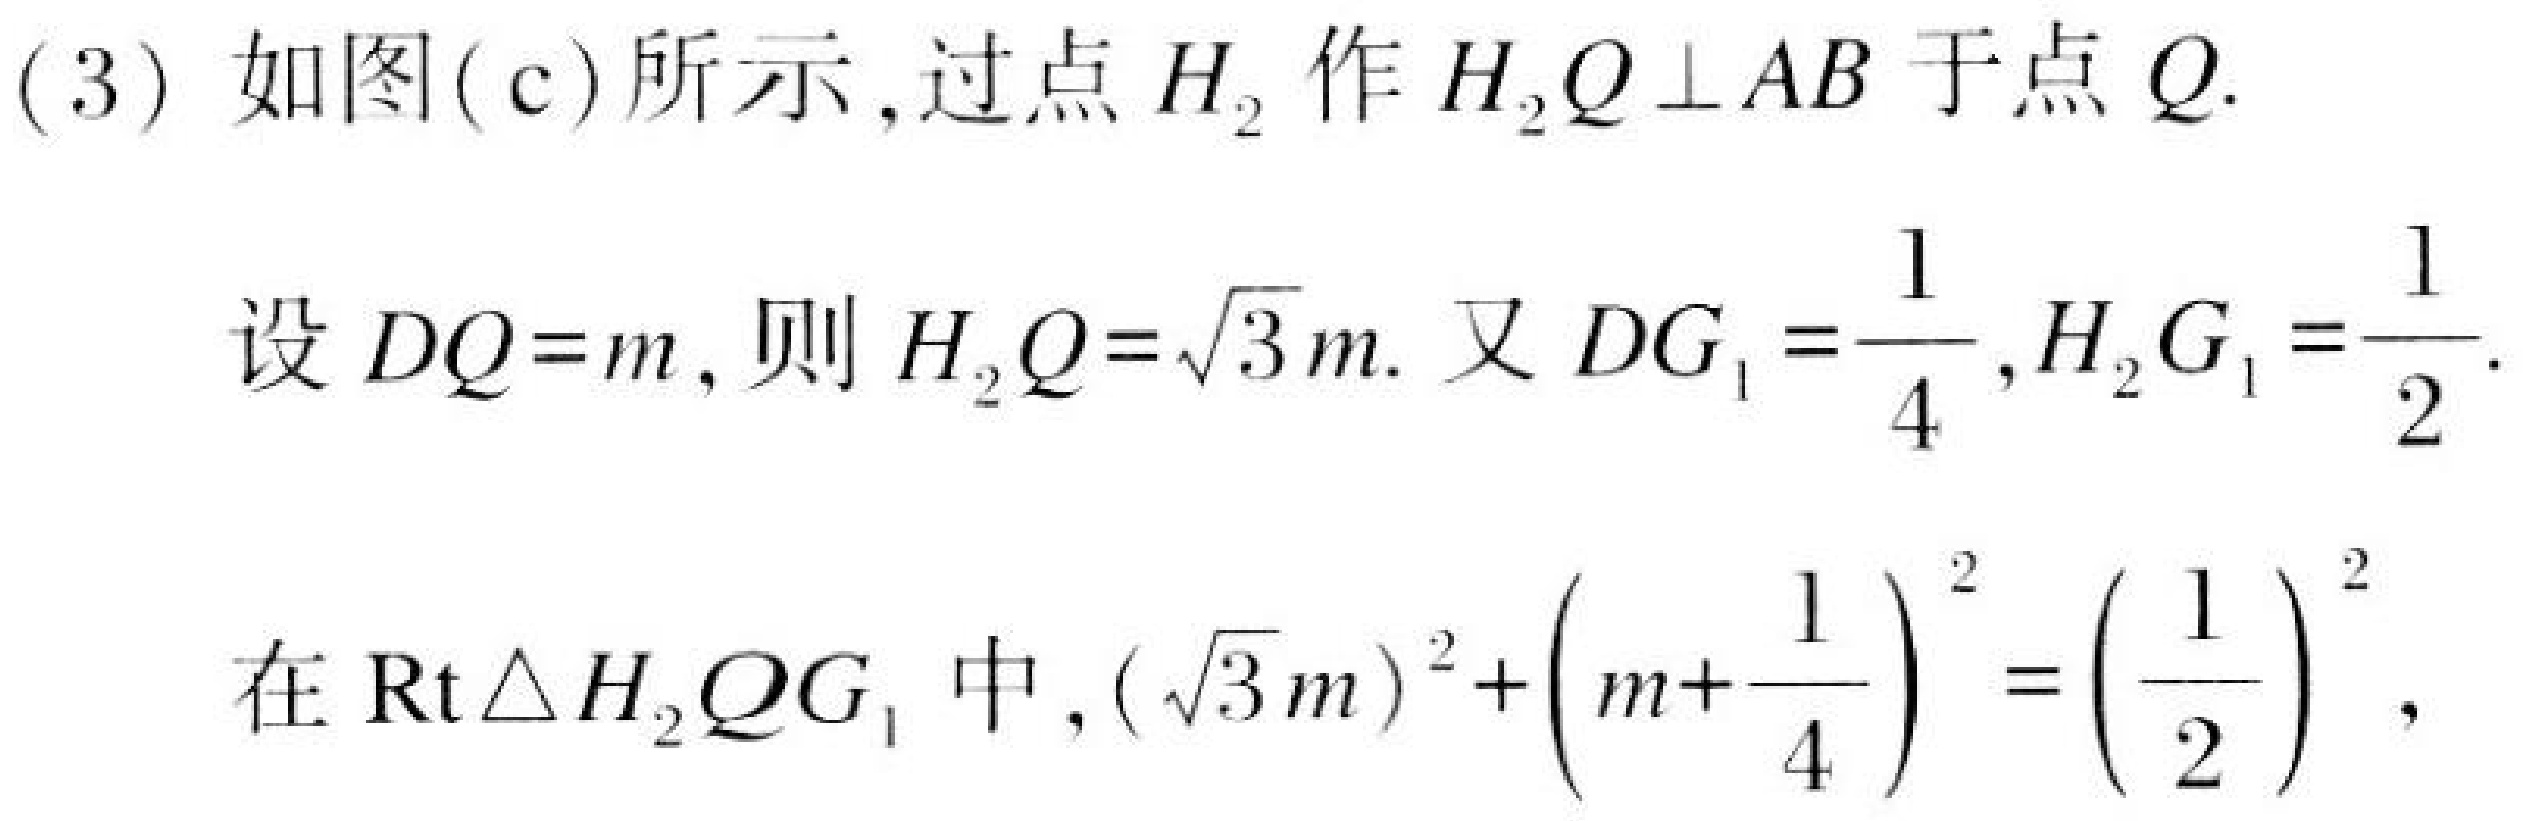
(3) 如图(c)所示，过点$H_{2}$作$H_{2}Q\perp AB$于点$Q.$
设$DQ = m$，则$H_{2}Q=\sqrt{3}m$. 又$DG_{1}=\dfrac{1}{4},H_{2}G_{1}=\dfrac{1}{2}$.
在$\text{Rt}\triangle H_{2}QG_{1}$中，$(\sqrt{3}m)^{2}+\left(m + \dfrac{1}{4}\right)^{2}=\left(\dfrac{1}{2}\right)^{2}$，